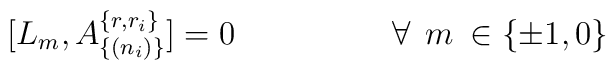
[ L_{m},A^{\{ r,r_{i}\}}_{\{(n_{i})\} }]=0 \hspace{2cm} \forall \:\: m\: \in\{\pm 1,0 \}